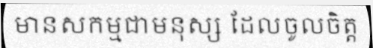
មានសកម្មជាមនុស្ស ដែលចូលចិត្ត